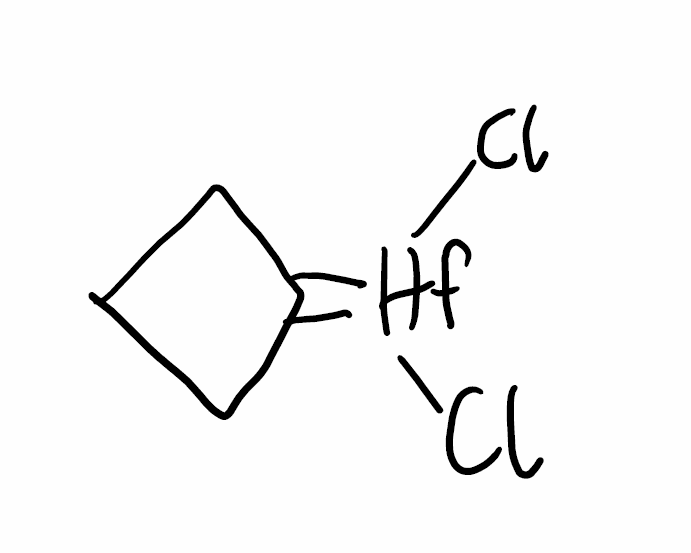
Simplified molecular-input line-entry system (SMILES) notation of the given molecule:
C1CC(=[Hf](Cl)Cl)C1